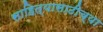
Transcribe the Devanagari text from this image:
साहित्यासाठीच्या